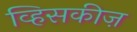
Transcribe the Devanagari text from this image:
व्हिसकीज़